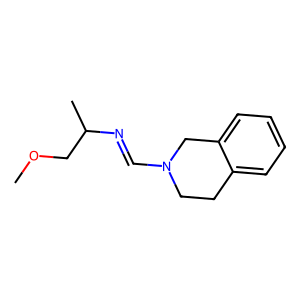
SMILES: COCC(C)N=CN1CCc2ccccc2C1
Inhibits HIV replication: No